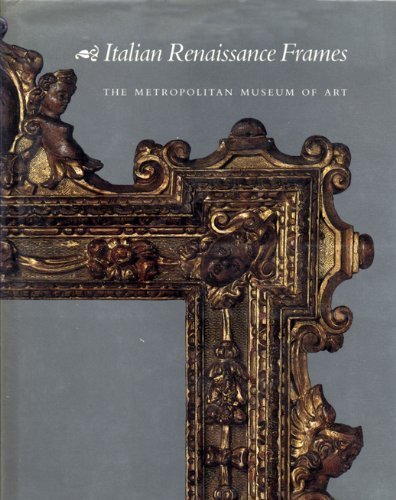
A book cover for Italian Renaissance Frames; Timothy J. Newbery; Crafts, Hobbies & Home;